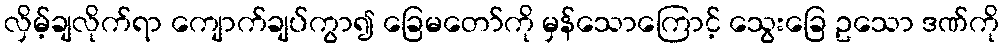
လှိမ့်ချလိုက်ရာ ကျောက်ချပ်ကွာ၍ ခြေမတော်ကို မှန်သောကြောင့် သွေးခြေ ဥသော ဒဏ်ကို